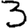
Digit: 3